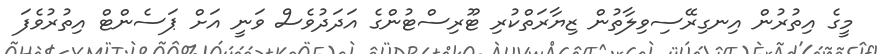
މީގެ އިތުރުން އިނގިރޭސިވިލާތުން ޒިޔާރަތްކުރި ޓޫރިސްޓުންގެ އަދަދުވެސް ވަނީ އަށް ޕަސެންޓް އިތުރުވެފަ